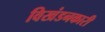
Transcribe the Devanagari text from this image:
विखंडनकारी